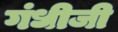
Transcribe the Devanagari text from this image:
गंधीजी